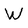
Character: W